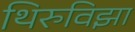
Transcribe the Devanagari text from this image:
थिरुविझा